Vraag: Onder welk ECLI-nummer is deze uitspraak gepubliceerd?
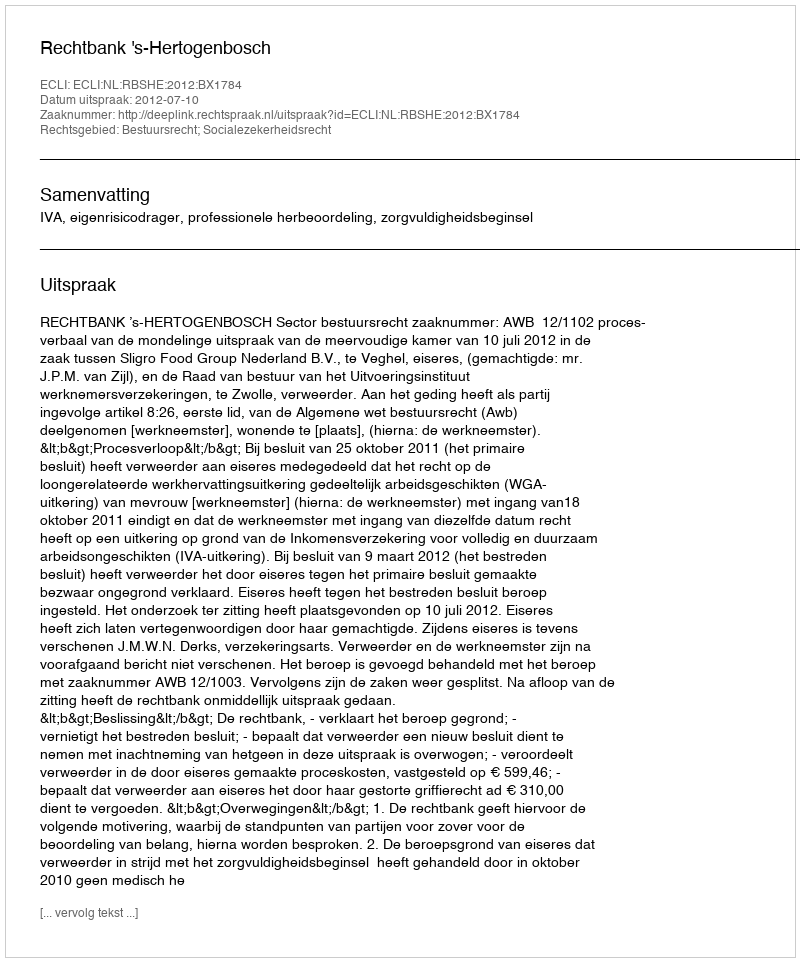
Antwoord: ECLI:NL:RBSHE:2012:BX1784